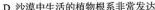
D.沙漠中生活的植物根系非常发达